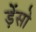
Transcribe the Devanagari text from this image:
ड़ेंसो